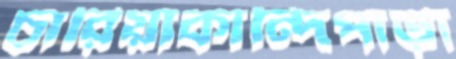
চারিয়াকান্দিপাড়া